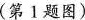
(第1题图)